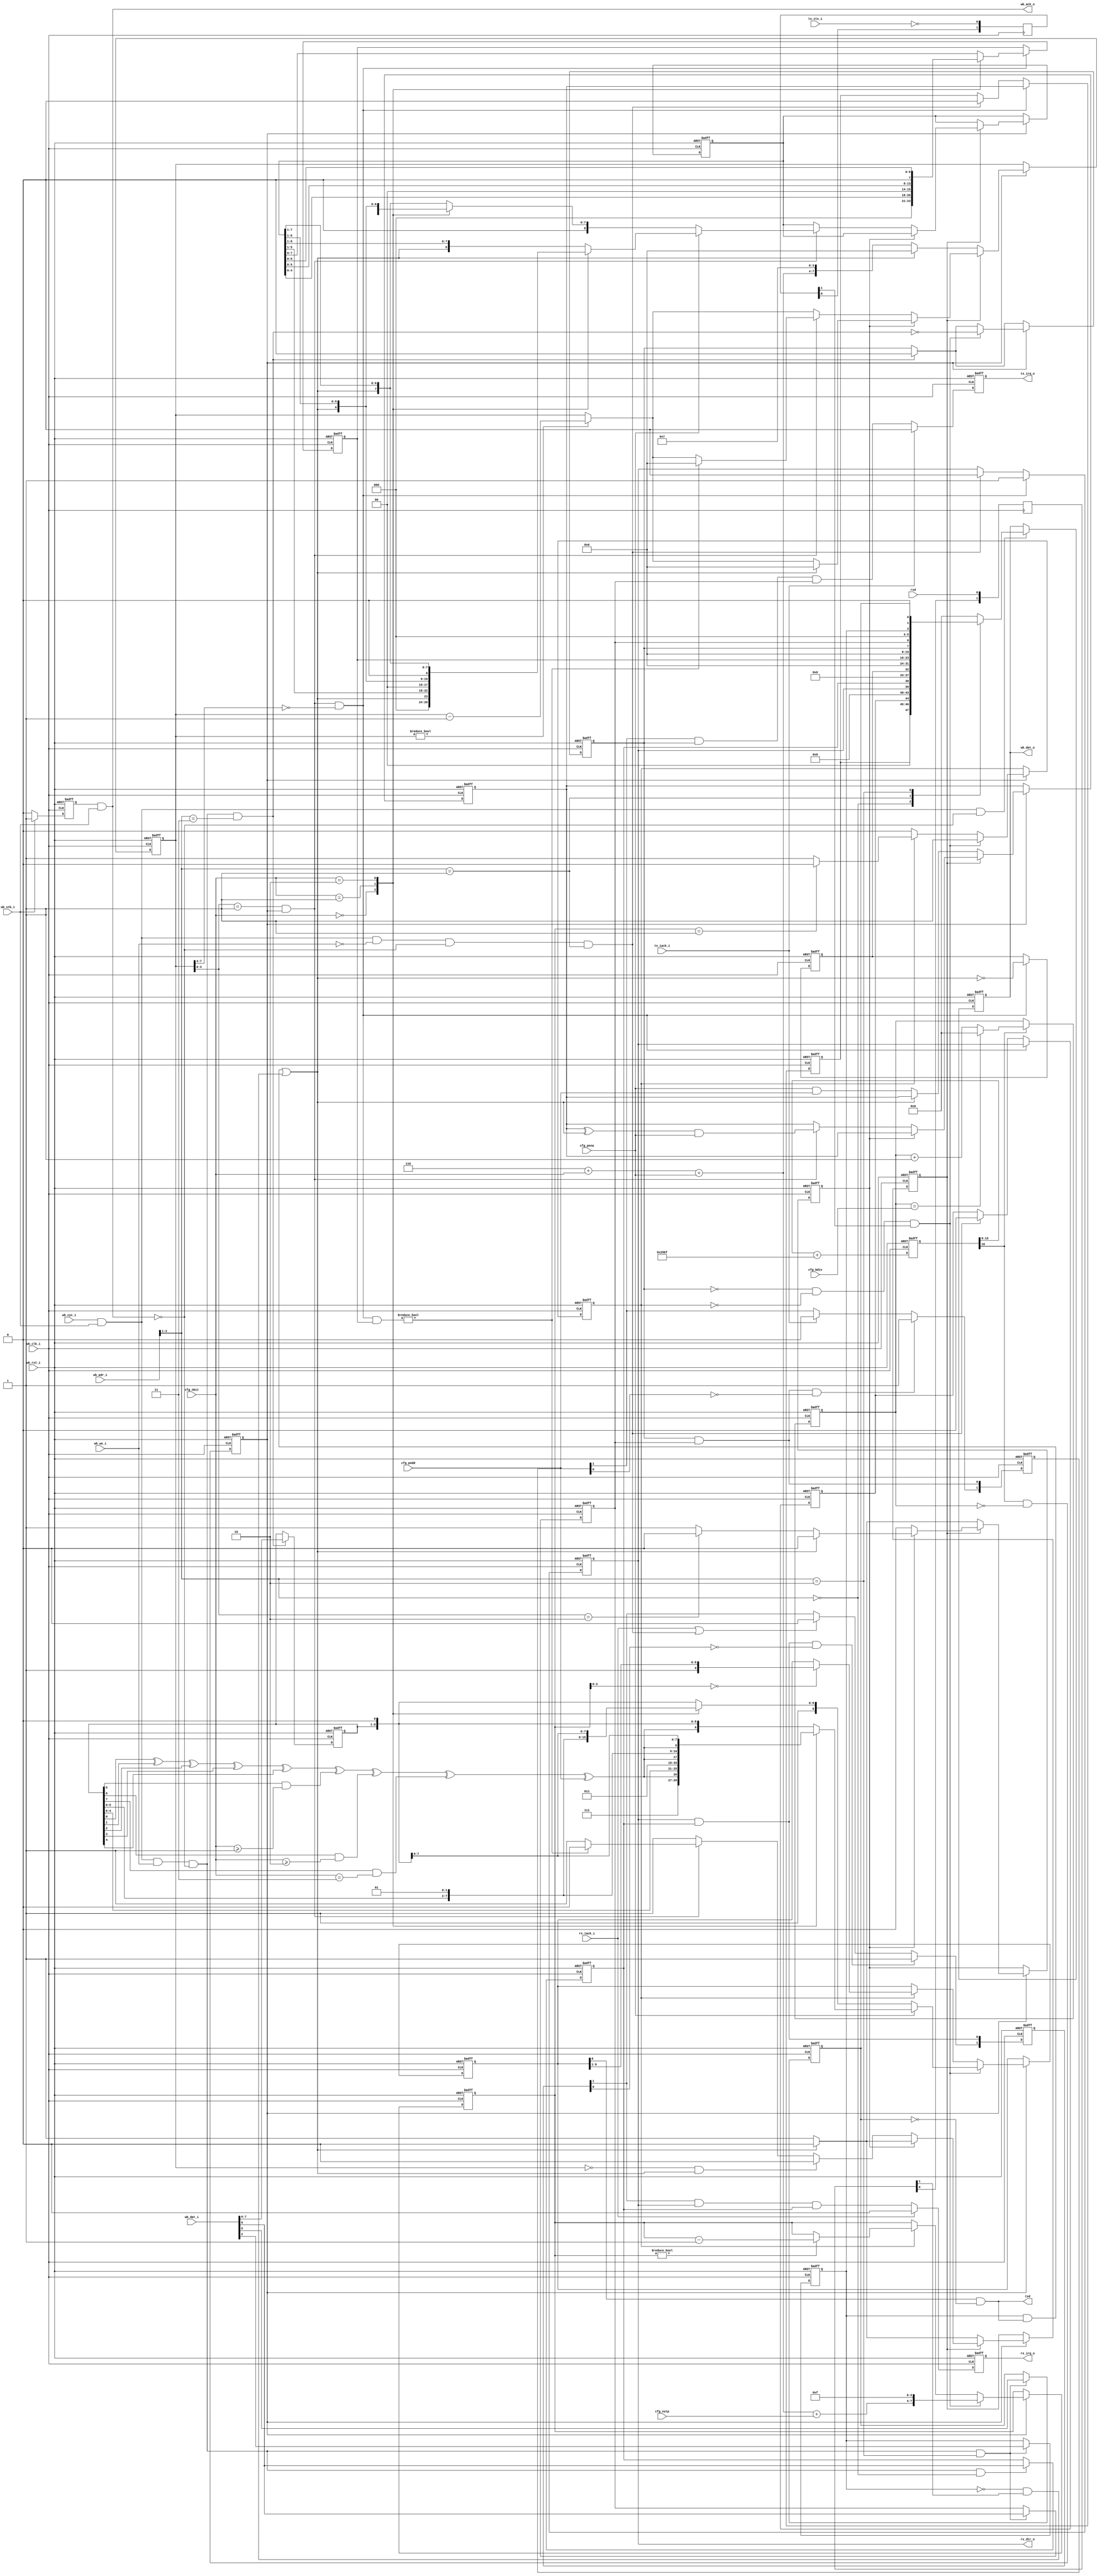
//
// Copyright (c) 2014-2019 by 1801BM1@gmail.com
//
// Universal Serial Asynchronous Receiver-Transmitter (065-style)
//
// - Wishbone complatible
// - Configurable with external signals
// - Phase accumulator generates arbitrary baud rate without extra PLL
// - Supports vectored interruts in cooperation with wbc_vic
//______________________________________________________________________________
//
module wbc_uart #(parameter REFCLK=100000000)
(
   input                wb_clk_i,   // system clock
   input                wb_rst_i,   // peripheral reset
                                    //
   input  [2:0]         wb_adr_i,   //
   input  [15:0]        wb_dat_i,   //
   output reg [15:0]    wb_dat_o,   //
   input                wb_cyc_i,   //
   input                wb_we_i,    //
   input                wb_stb_i,   //
   output               wb_ack_o,   //
                                    //
   output               txd,        // output serial data (txd))
   input                tx_cts_i,   // enable transmitter (rts)
   input                rxd,        // input serial data (rxd)
   output               rx_dtr_o,   // receiver ready (cts)
                                    //
   output reg           tx_irq_o,   // tx interrupt request
   input                tx_iack_i,   //
   output reg           rx_irq_o,   // rx interrupt request
   input                rx_iack_i,   //
                                    //
   input [15:0]         cfg_bdiv,   // baudrate divisor: (921600/baud)-1
   input [1:0]          cfg_nbit,   // word length: 00-5, 01-6, 10-7, 11-8 bit
   input                cfg_nstp,   // tx stop bits: 0 - 1 stop, 1 - 2 stop
   input                cfg_pena,   // parity control enable
   input                cfg_podd    // odd parity (complete to odd ones)
);

reg            reply;
wire  [63:0]   add_arg;
reg   [16:0]   add_reg;
reg   [15:0]   baud_div;
reg            baud_x16;
wire           baud_ref;
reg   [1:0]    tx_cts_reg;
reg   [1:0]    rx_rdata_reg;

reg   [1:0]    tx_irq_edge, rx_irq_edge;
wire           rx_csr_wstb, rx_dat_rstb;
wire           tx_csr_wstb, tx_dat_wstb;

wire           tx_par;
wire  [15:0]   tx_csr;
reg   [7:0]    tx_dat;
reg   [9:0]    tx_shr;
reg   [7:0]    tx_bcnt;
reg            tx_busy;
reg            tx_csr_ie, tx_rdy, tx_csr_tst, tx_csr_brk;

wire           rx_rdata;
wire  [15:0]   rx_csr;
reg   [7:0]    rx_dat;
reg   [8:0]    rx_shr;
reg   [7:0]    rx_bcnt;
reg            rx_csr_ie, rx_empty, rx_csr_perr, rx_csr_ovf, rx_csr_brk;
wire           rx_load, rx_stb;
reg            rx_frame, rx_start, rx_par;

//______________________________________________________________________________
//
assign   add_arg = (64'h0000000000010000 * 64'd921600 * 64'd16)/REFCLK;
assign   baud_ref = add_reg[16];
//
// Phase accumulator to generate 921600 * 16 Hz reference clock strobe
//
always @(posedge wb_clk_i or posedge wb_rst_i) begin
   if (wb_rst_i) add_reg <= 17'h00000;
   else          add_reg <= {1'b0, add_reg[15:0]} + add_arg[16:0];
end
//
// Baud rate x16 generator
//
always @(posedge wb_clk_i or posedge wb_rst_i) begin
   if (wb_rst_i)  begin
      baud_div <= 16'h0000;
      baud_x16 <= 1'b0;
   end
   else begin
      if (baud_ref)
         if (baud_div == cfg_bdiv)  baud_div <= 16'h0000;
         else                       baud_div <= baud_div + 16'h0001;
      baud_x16 <= baud_ref & (baud_div == 16'h0000);
   end

end

//______________________________________________________________________________
//
//   CSR  
assign tx_csr = {8'b00000000, tx_rdy, tx_csr_ie, 3'b000, tx_csr_tst, 1'b0, tx_csr_brk};
assign rx_csr = {rx_csr_perr, 2'b00, rx_csr_ovf, 4'b0000, rx_empty, rx_csr_ie, 5'b00000, rx_csr_brk}; 

//  - 
assign rx_csr_wstb = wb_cyc_i & wb_stb_i &  wb_we_i & ~wb_ack_o & (wb_adr_i[2:1] == 2'b00);
assign rx_dat_rstb = wb_cyc_i & wb_stb_i & ~wb_we_i & ~wb_ack_o & (wb_adr_i[2:1] == 2'b01);
assign tx_csr_wstb = wb_cyc_i & wb_stb_i &  wb_we_i & ~wb_ack_o & (wb_adr_i[2:1] == 2'b10);
assign tx_dat_wstb = wb_cyc_i & wb_stb_i &  wb_we_i & ~wb_ack_o & (wb_adr_i[2:1] == 2'b11);

//**************************************
//*    
//**************************************
always @(posedge wb_clk_i or posedge wb_rst_i)
    if (wb_rst_i) reply <= 1'b0;
    else if (wb_stb_i) reply <= 1'b1;
    else reply <= 1'b0;

assign wb_ack_o = reply & wb_stb_i;
//**************************************
//  
//**************************************
always @(posedge wb_clk_i or posedge wb_rst_i) begin
   if (wb_rst_i)   wb_dat_o <= 16'h0000;
   else if (wb_cyc_i & wb_stb_i & ~wb_ack_o)
         case(wb_adr_i[2:1])
            2'b00:   wb_dat_o <= rx_csr;  // 177560
            2'b01:   wb_dat_o <= rx_dat;  // 177562
            2'b10:   wb_dat_o <= tx_csr;  // 177564
            default: wb_dat_o <= 16'o000000;
         endcase
end

//**************************************
//  
//**************************************
always @(posedge wb_clk_i or posedge wb_rst_i)
begin
   // 
   if (wb_rst_i)  begin
      rx_csr_ie  <= 1'b0;
      tx_csr_ie  <= 1'b0;
      tx_csr_tst <= 1'b0;
      tx_csr_brk <= 1'b0;
   end
   // 
   else  begin
      // CSR 
      if (rx_csr_wstb)  rx_csr_ie <= wb_dat_i[6]; //  IE 
      // CSR 
      if (tx_csr_wstb)    begin
         tx_csr_ie  <= wb_dat_i[6];
         tx_csr_tst <= wb_dat_i[2];
         tx_csr_brk <= wb_dat_i[0];
      end
   end
end

//**************************************
//  
//**************************************
always @(posedge wb_clk_i or posedge wb_rst_i) begin
   if (wb_rst_i)   begin
      // 
      rx_irq_edge <= 2'b00;
      tx_irq_edge <= 2'b00;
      tx_irq_o    <= 1'b0;
      rx_irq_o    <= 1'b0;
   end
   else  begin
      //     
      rx_irq_edge[0] <= rx_empty & rx_csr_ie;      //  ,  
      if (rx_empty & rx_csr_ie & ~rx_irq_edge[0])  rx_irq_edge[1] <= 1'b1;  //   ,   
      else  if (rx_iack_i | rx_dat_rstb)            rx_irq_edge[1] <= 1'b0; //         

      //     
      tx_irq_edge[0] <= tx_rdy & tx_csr_ie;
      if (tx_rdy & tx_csr_ie & ~tx_irq_edge[0])  tx_irq_edge[1] <= 1'b1;
      else  if (tx_iack_i)                       tx_irq_edge[1] <= 1'b0;
      

      //    
      if (rx_iack_i) rx_irq_o <= 1'b0;
      else          rx_irq_o <= rx_irq_edge[1] & rx_empty & rx_csr_ie;

      //    
      if (tx_iack_i) tx_irq_o <= 1'b0;
      else          tx_irq_o <= tx_irq_edge[1] & tx_rdy & tx_csr_ie;
   end
end

//**************************************
//   
//**************************************
always @(posedge wb_clk_i) begin
   tx_cts_reg[0] <= ~tx_cts_i;
   tx_cts_reg[1] <= tx_cts_reg[0];

   rx_rdata_reg[0] <= rxd;
   rx_rdata_reg[1] <= rx_rdata_reg[0];
end

//**************************************
// 
//**************************************

//   
assign tx_par = tx_dat[0] ^ tx_dat[1] ^ tx_dat[2] ^ tx_dat[3] ^ tx_dat[4]
              ^ (tx_dat[5] & (cfg_nbit >= 2'b01)) // 6- 
              ^ (tx_dat[6] & (cfg_nbit >= 2'b10)) // 7- 
              ^ (tx_dat[7] & (cfg_nbit == 2'b11)) // 8- 
              ^ cfg_podd;                         //    
//   -  0  .              
assign txd = tx_shr[0] 
                  & ~tx_csr_brk;  //  break    0

//                     
always @(posedge wb_clk_i or posedge wb_rst_i) begin
   if (wb_rst_i)   begin
      // 
      tx_rdy <= 1'b1;
      tx_shr  <= 10'o1777;    //    1
      tx_busy <= 1'b0;
      tx_bcnt <= 8'b00000000;
      tx_dat  <= 8'b00000000;
   end
   else  begin
      //    
      if (tx_dat_wstb)  begin
         tx_rdy <= 1'b0;            //   
         tx_dat <= wb_dat_i[7:0];   //    
      end
      //     UART
      if (baud_x16) begin
         //    
         if (tx_busy)  begin
            //   
            if (tx_bcnt != 8'b00000000) tx_bcnt <= tx_bcnt - 8'b00000001;
            //     1 -   
            if (tx_bcnt == 8'b00000001) tx_busy <= 1'b0;
            //  16   -   
            if (tx_bcnt[3:0] == 4'b0000) tx_shr  <= {1'b1, tx_shr[9:1]};
         end

         //   
         if (~tx_rdy &   //   
            ~tx_busy &   //     
            tx_cts_reg[1]) begin // CTS=1
            
            tx_busy    <= 1'b1;  //    
            tx_rdy     <= ~tx_dat_wstb;
            //      
            tx_bcnt    <= {4'b0110  //  6 
                        + {2'b00, cfg_nbit}  //  1  2 
                        + {3'b000, cfg_pena} //  
                        + {3'b000, cfg_nstp}, // 
                          4'b1111};       // x16

            if (cfg_pena)
               //   
               case(cfg_nbit)
                  2'b00:   tx_shr <= {3'b111, tx_par, tx_dat[4:0], 1'b0}; 
                  2'b01:   tx_shr <= {2'b11,  tx_par, tx_dat[5:0], 1'b0};
                  2'b10:   tx_shr <= {1'b1,   tx_par, tx_dat[6:0], 1'b0};
                  default: tx_shr <= {        tx_par, tx_dat[7:0], 1'b0};
               endcase
            else
               //   
               case(cfg_nbit)
                  2'b00:   tx_shr <= {4'b1111, tx_dat[4:0], 1'b0};
                  2'b01:   tx_shr <= {3'b111,  tx_dat[5:0], 1'b0};
                  2'b10:   tx_shr <= {2'b11,   tx_dat[6:0], 1'b0};
                  default: tx_shr <= {1'b1,    tx_dat[7:0], 1'b0};
               endcase
         end
      end
   end
end

//**************************************
//* 
//**************************************
assign rx_dtr_o = rx_empty;
assign rx_rdata =  tx_csr_tst & txd
              | ~tx_csr_tst & rx_rdata_reg[1];

assign rx_load = rx_stb & (rx_bcnt[7:4] == 4'b0000);
assign rx_stb  = (rx_bcnt[3:0] == 4'b0001) & baud_x16;

always @(posedge wb_clk_i or posedge wb_rst_i)
begin
   if (wb_rst_i)
   begin
      rx_empty  <= 1'b0;
      rx_csr_perr <= 1'b0;
      rx_csr_ovf  <= 1'b0;
      rx_csr_brk  <= 1'b0;
      rx_frame    <= 1'b0;
      rx_start    <= 1'b0;
      rx_par      <= 1'b0;
      rx_dat  <= 8'b00000000;
      rx_shr  <= 9'b00000000;
      rx_bcnt <= 8'b00000000;
   end
   else
   begin
      if (rx_load)
      begin
         rx_empty  <= 1'b1;
         case(cfg_nbit)
            2'b00:   rx_dat <= {3'b000, rx_shr[4:0]};
            2'b01:   rx_dat <= {2'b00, rx_shr[5:0]};
            2'b10:   rx_dat <= {1'b0, rx_shr[6:0]};
            default: rx_dat <= rx_shr[7:0];
         endcase
         rx_csr_perr <= rx_par;
         rx_csr_ovf  <= rx_empty;
         rx_csr_brk  <= ~rx_rdata;
      end
      else
         if (rx_dat_rstb)
         begin
            rx_empty  <= 1'b0;
            rx_csr_perr <= 1'b0;
            rx_csr_ovf  <= 1'b0;
         end

      if (baud_x16)
      begin
         if (~rx_frame)
            //
            // Waiting for start bit
            //
            if (~rx_rdata)
            begin
               rx_par   <= cfg_pena & cfg_podd;
               rx_start <= 1'b1;
               rx_frame <= 1'b1;
               rx_bcnt  <= {4'b0110 + {2'b00, cfg_nbit} + {3'b000, cfg_pena}, 4'b0111};
            end
            else
            begin
               rx_start <= 1'b0;
               rx_bcnt  <= 8'b00000000;
            end
         else
         begin
            //
            // Receiving frame
            //
            if (rx_bcnt != 8'b00000000)
               rx_bcnt <= rx_bcnt - 8'b00000001;
            //
            // Start bit monitoring
            //
            if (rx_start)
            begin
               if (rx_rdata)
               begin
                  //
                  // Spurrious start bit
                  //
                  rx_start <= 1'b0;
                  rx_frame <= 1'b0;
                  rx_bcnt  <= 8'b00000000;
               end
               else
                  if (rx_bcnt[3:0] == 4'b0010)
                     rx_start <= 1'b0;
            end
            else
            begin
               //
               // Receiving data
               //
               if (rx_stb)
               begin
                  rx_par <= (rx_par ^ rx_rdata) & cfg_pena;
                  if (cfg_pena)
                     case(cfg_nbit)
                        2'b00:   rx_shr <= {3'b000, rx_rdata, rx_shr[5:1]};
                        2'b01:   rx_shr <= {2'b00, rx_rdata, rx_shr[6:1]};
                        2'b10:   rx_shr <= {1'b0, rx_rdata, rx_shr[7:1]};
                        default: rx_shr <= {rx_rdata, rx_shr[8:1]};
                     endcase
                  else
                     case(cfg_nbit)
                        2'b00:   rx_shr <= {4'b0000, rx_rdata, rx_shr[4:1]};
                        2'b01:   rx_shr <= {3'b000, rx_rdata, rx_shr[5:1]};
                        2'b10:   rx_shr <= {2'b00, rx_rdata, rx_shr[6:1]};
                        default: rx_shr <= {1'b0, rx_rdata, rx_shr[7:1]};
                     endcase
                  if (rx_load & rx_dat)
                  begin
                     //
                     // Stop bit detected
                     //
                     rx_frame <= 1'b0;
                     rx_bcnt  <= 8'b00000000;
                  end
               end
               if ((rx_bcnt == 8'b00000000) & rx_rdata)
                  rx_frame <= 1'b0;
            end
         end
      end
   end
end
endmodule